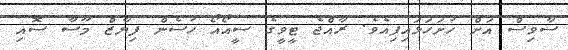
ސާވިސް އަށް ހުށަހަޅައިފިއެވެ. ރާއްޖެ ޓީވީގެ ސީއޯއޯ ހުސެން ފިޔާޒް މޫސާ ސޮއި